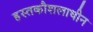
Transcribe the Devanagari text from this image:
हस्तकौशलाधीन